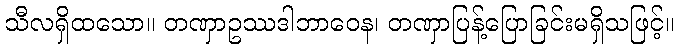
သီလရှိထသော။ တဏှာဥဿဒါဘာဝေန၊ တဏှာပြန့်ပြောခြင်းမရှိသဖြင့်။